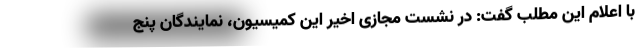
با اعلام این مطلب گفت: در نشست مجازی اخیر این کمیسیون، نمایندگان پنج